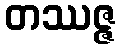
တဿဇ္ဇ